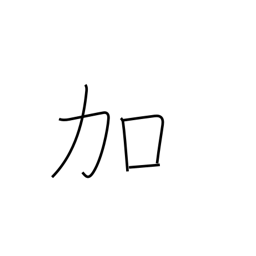
Meaning: addition